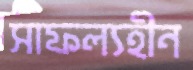
সাফল্যহীন